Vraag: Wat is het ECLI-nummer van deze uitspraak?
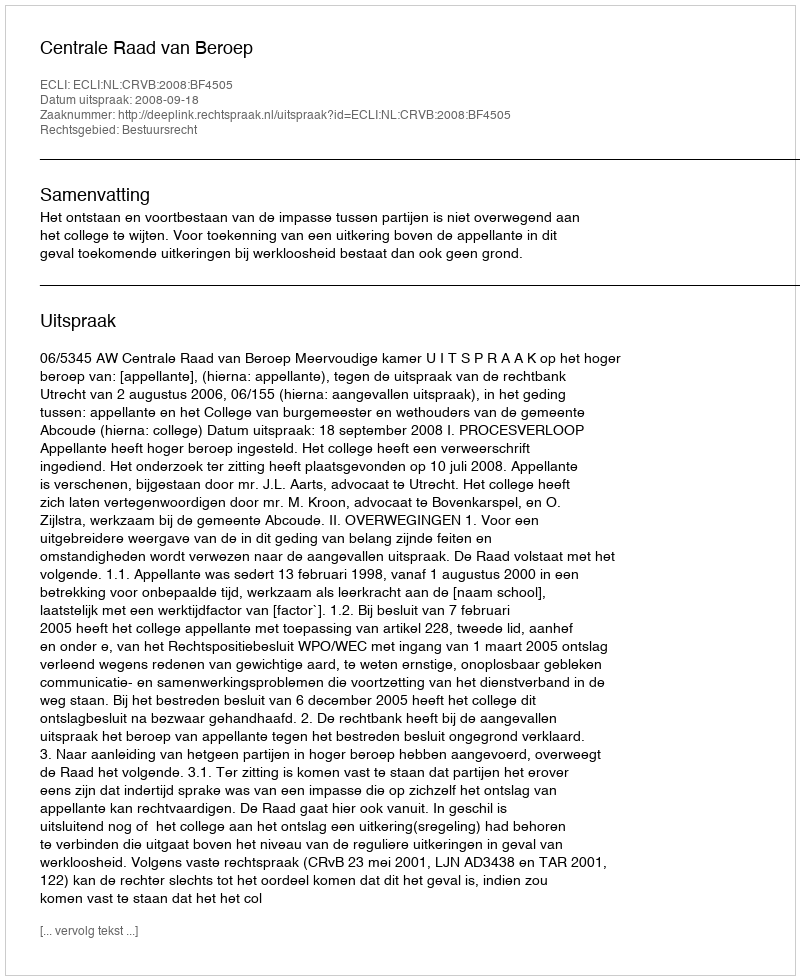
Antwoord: ECLI:NL:CRVB:2008:BF4505